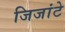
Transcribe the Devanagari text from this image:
जिजांटे